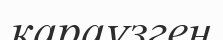
қараүзген